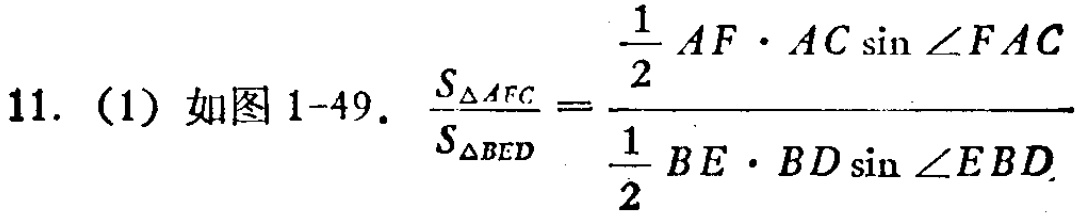
11. (1) 如图 1-49. \(\frac{S_{\triangle AFC}}{S_{\triangle BED}} = \frac{\frac{1}{2}AF\cdot AC\sin\angle FAC}{\frac{1}{2}BE\cdot BD\sin\angle EBD}\)